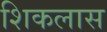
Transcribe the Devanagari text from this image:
शिकलास